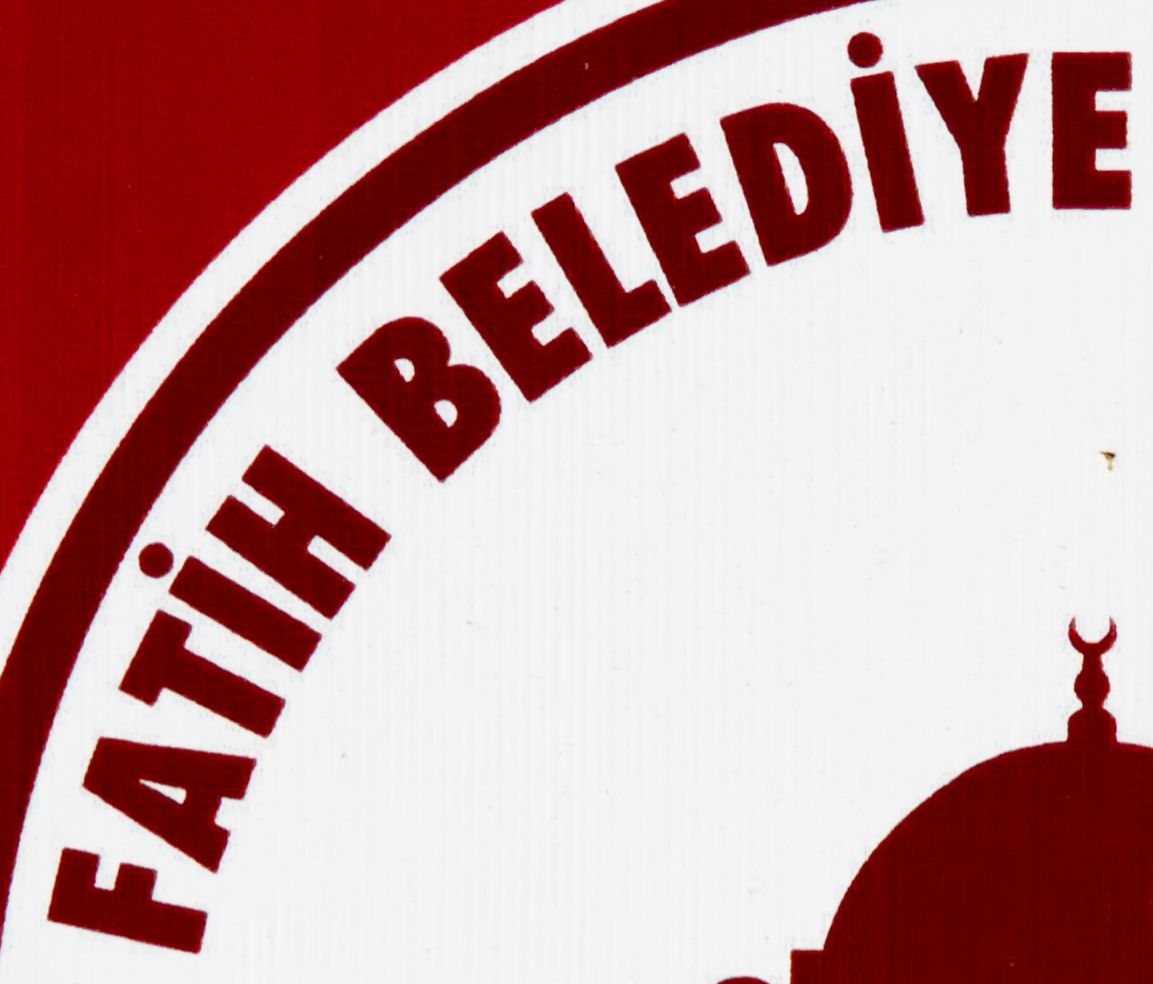
EATIH BELEDIYE